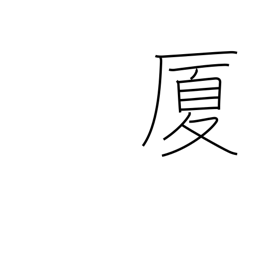
Meaning: house